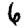
Digit: 6